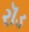
રૉડ